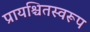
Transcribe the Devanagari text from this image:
प्रायश्चितस्वरूप